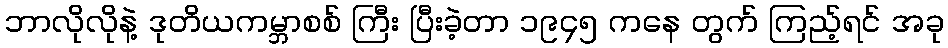
ဘာလိုလိုနဲ့ ဒုတိယကမ္ဘာစစ် ကြီး ပြီးခဲ့တာ ၁၉၄၅ ကနေ တွက် ကြည့်ရင် အခု